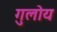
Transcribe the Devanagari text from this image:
गुलोय